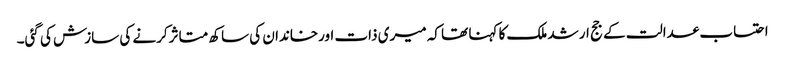
احتساب عدالت کے جج ارشد ملک کا کہنا تھا کہ میری ذات اورخاندان کی ساکھ متاثرکرنے کی سازش کی گئی۔